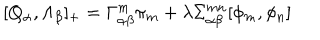
[ Q _ { \alpha } , \Lambda _ { \beta } ] _ { + } = \Gamma _ { \alpha \beta } ^ { m } \pi _ { m } + \lambda \Sigma _ { \alpha \beta } ^ { m n } [ \phi _ { m } , \phi _ { n } ]